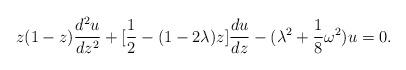
LaTeX: \begin{align*}z (1 -z) {d^2 u \over d z^2} + [{1 \over 2} - (1 - 2 \lambda) z ]{d u \over dz}- ( \lambda^2 + {1 \over 8} \omega^2 ) u = 0.\end{align*}